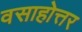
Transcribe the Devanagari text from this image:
वसाहोत्तर